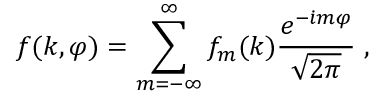
f ( k , \varphi ) = \sum _ { m = - \infty } ^ { \infty } f _ { m } ( k ) { \frac { e ^ { - \dot { \imath } m \varphi } } { \sqrt { 2 \pi } } } \; ,